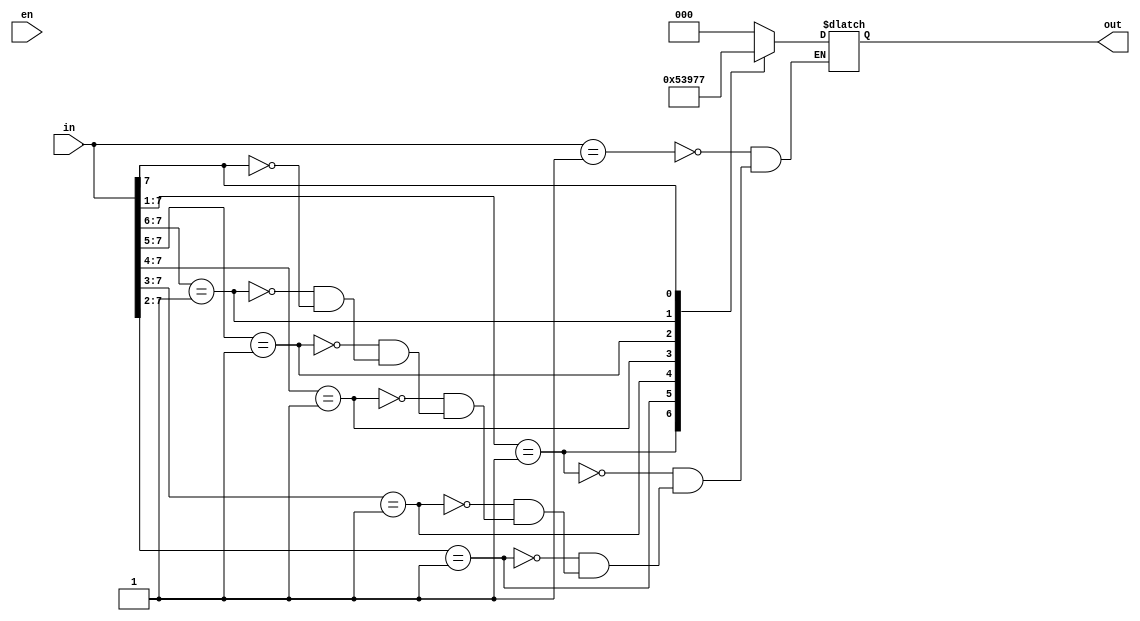
module Priority_Encoder(in, en, out);
  
input [7:0] in;
input en;  
output reg [2:0] out; 
 
always@(en or in)  
begin  
casex(in) 
 
8'b00000001:out = 3'b000;  
8'b0000001x:out = 3'b001;  
8'b000001xx:out = 3'b010;  
8'b00001xxx:out = 3'b011; 
8'b0001xxxx:out = 3'b100;  
8'b001xxxxx:out = 3'b101;  
8'b01xxxxxx:out = 3'b110;  
8'b1xxxxxxx:out = 3'b111; 
 
default : $display("Error");  
endcase  
end  

endmodule